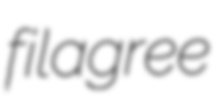
filagree